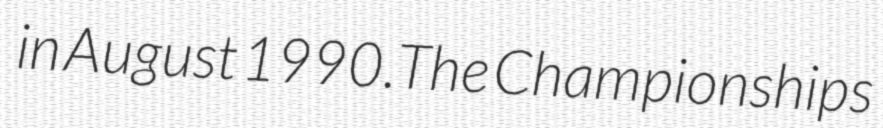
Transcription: in August 1990.The Championships